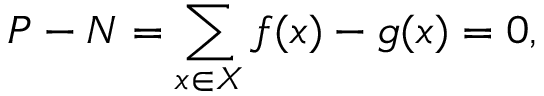
P - N = \sum _ { x \in X } f ( x ) - g ( x ) = 0 ,